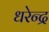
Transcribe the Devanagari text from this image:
धरेन्द्र